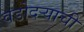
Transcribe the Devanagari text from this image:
वडोदऱ्याची